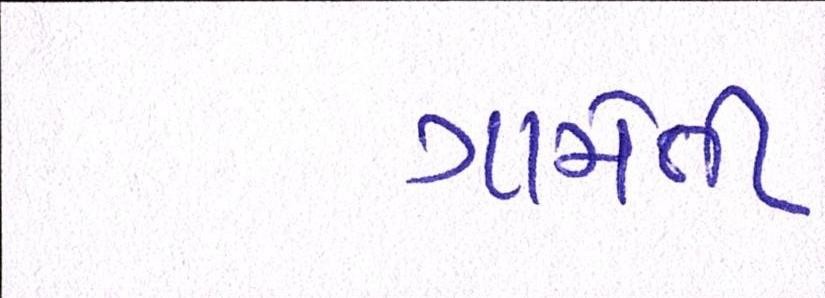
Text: ગામેતી